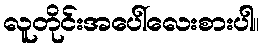
လူတိုင်းအပေါ်လေးစားပါ။